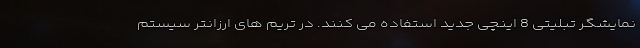
نمایشگر تبلیتی 8 اینچی جدید استفاده می کنند. در تریم های ارزانتر سیستم